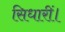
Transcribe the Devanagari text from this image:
सिधारीं।